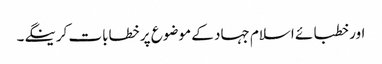
اور خطبائے اسلام جہاد کے موضوع پر خطابات کرینگے۔